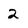
Character: 2